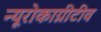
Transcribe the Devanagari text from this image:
न्यूरोकाग्नीटीव